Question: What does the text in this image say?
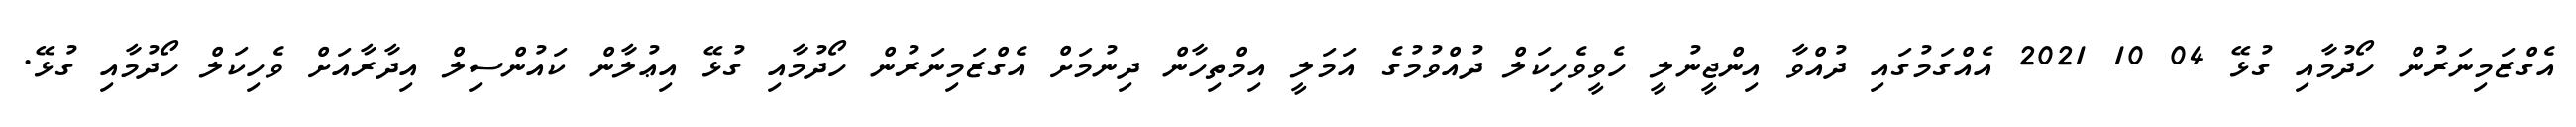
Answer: އެގްޒަމިނަރުން ހޯދުމާއި ގުޅޭ 04 10 2021 އެއްގަމުގައި ދުއްވާ އިންޖީނުލީ ހެވީވެހިކަލް ދުއްވުމުގެ އަމަލީ އިމްތިހާން ދިނުމަށް އެގްޒަމިނަރުން ހޯދުމާއި ގުޅޭ އިޢުލާން ކައުންސިލް އިދާރާއަށް ވެހިކަލް ހޯދުމާއި ގުޅޭ.